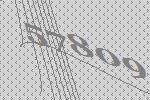
57809